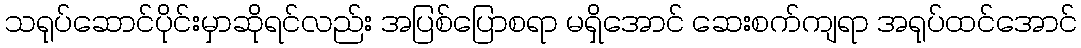
သရုပ်ဆောင်ပိုင်းမှာဆိုရင်လည်း အပြစ်ပြောစရာ မရှိအောင် ဆေးစက်ကျရာ အရုပ်ထင်အောင်